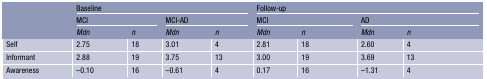
|  | <COLSPAN=4> Baseline | <COLSPAN=4> Follow-up |
 |  | <COLSPAN=2> MCI | <COLSPAN=2> MCI-AD | <COLSPAN=2> MCI | <COLSPAN=2> AD |
 |  | Mdn | n | Mdn | n | Mdn | n | Mdn | n |
 | --- | --- | --- | --- | --- | --- | --- | --- | --- |
 | Self | 2.75 | 18 | 3.01 | 4 | 2.81 | 18 | 2.60 | 4 |
 | Informant | 2.88 | 19 | 3.75 | 13 | 3.00 | 19 | 3.69 | 13 |
 | Awareness | −0.10 | 16 | −0.61 | 4 | 0.17 | 16 | −1.31 | 4 |